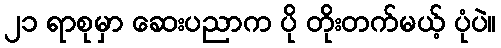
၂၁ ရာစုမှာ ဆေးပညာက ပို တိုးတက်မယ့် ပုံပဲ။